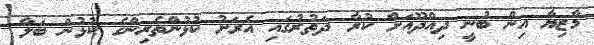
މާޒިޔާ އިން ބުނީ ދިއްދޫއަށް ކުރާ ދަތުރުގައި އެރަށު ކުޅުންތެރިންގެ ކުޅުން ބަލާ